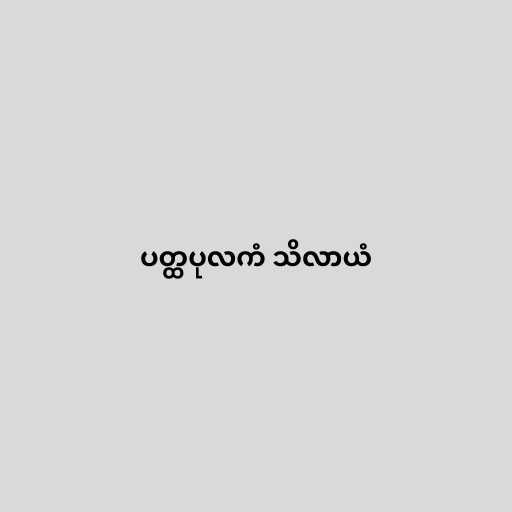
ပတ္ထပုလကံ သိလာယံ